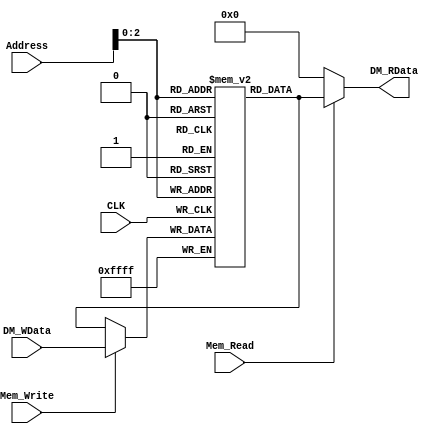
`timescale 1ns / 1ps

module DM(CLK, Address, Mem_Write, Mem_Read, DM_WData, DM_RData);

	input CLK ;
	input [15:0] Address;
	input Mem_Write, Mem_Read;
	input [15:0] DM_WData;
	output [15:0] DM_RData;
	reg signed [15:0] DataMemory [0:7];
	
	assign DM_RData = Mem_Read ? DataMemory[ Address ] : 0;
		
	always@(posedge CLK) begin
			DataMemory[ Address ] <= Mem_Write ? DM_WData : DataMemory[ Address ];	
	end
	
endmodule